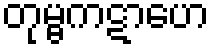
တုမ္ဗကဋာဟေ